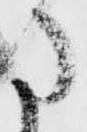
に